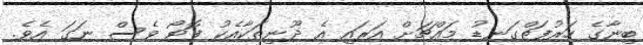
ބިނާގެ ހަރުފަތްގަނޑު މައްޗަށް އަރައި އެ ދޫނިތަކާއެކު ފޮޓޯ ވެސް ނަގަ އެވެ.